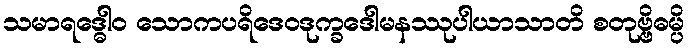
သမာရဒ္ဓေါဝ သောကပရိဒေဝဒုက္ခဒေါမနဿုပါယာသာတိ စတုဗ္ဗိဓမ္ပိ